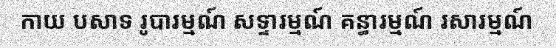
កាយ បសាទ រូបារម្មណ៍ សទ្ទារម្មណ៍ គន្ធារម្មណ៍ រសារម្មណ៍